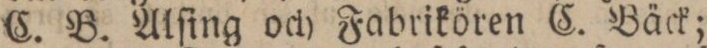
C. B. Alſing och Fabrikören C. Bäck;